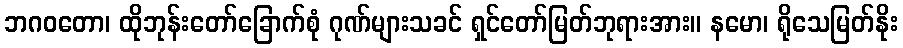
ဘဂဝတော၊ ထိုဘုန်းတော်ခြောက်စုံ ဂုဏ်များသခင် ရှင်တော်မြတ်ဘုရားအား။ နမော၊ ရိုသေမြတ်နိုး